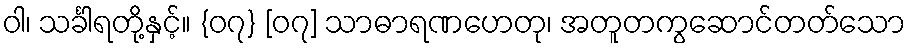
ဝါ၊ သင်္ခါရတို့နှင့်။ {၀၇} [၀၇] သာဓာရဏဟေတု၊ အတူတကွဆောင်တတ်သော